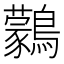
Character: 鸏